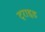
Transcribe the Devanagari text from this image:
ट्राइड